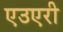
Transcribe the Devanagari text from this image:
एउएरी